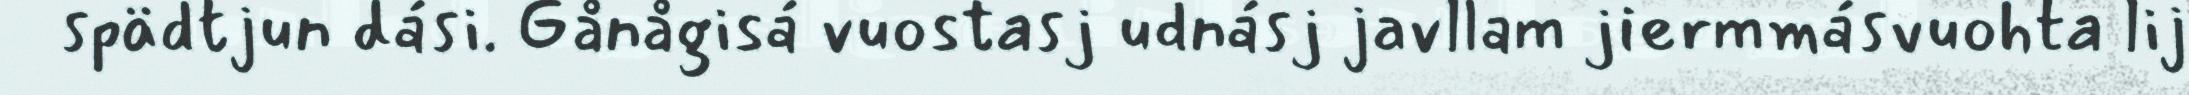
spädtjun dási. Gånågisá vuostasj udnásj javllam jiermmásvuohta lij